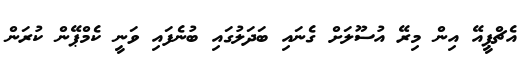
އެޗްޕީއޭ އިން މިރޭ އުސޫލަށް ގެނައި ބަދަލުގައި ބުނެފައި ވަނީ ކެމްޕޭން ކުރަން